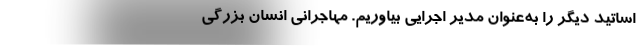
اساتید دیگر را به‌عنوان مدیر اجرایی بیاوریم. مهاجرانی انسان بزرگی